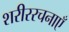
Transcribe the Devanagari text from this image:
शरीररचनाएँ